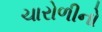
ચારોળીનો